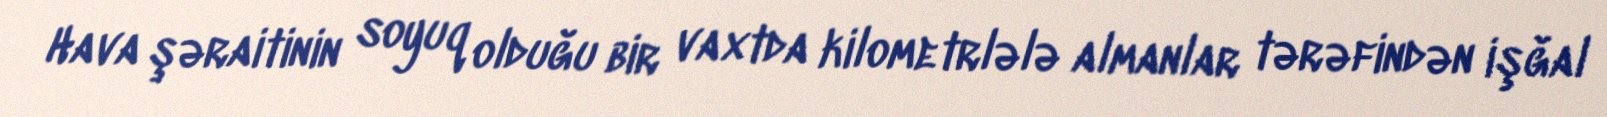
Hava şəraitinin soyuq olduğu bir vaxtda kilometrlələ almanlar tərəfindən işğal